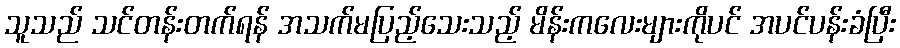
သူသည် သင်တန်းတက်ရန် အသက်မပြည့်သေးသည့် မိန်းကလေးများကိုပင် အပင်ပန်းခံပြီး